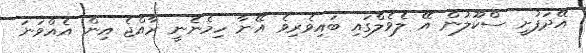
އޭދަފުށީ ސްކޫލުން އޭ ލެވެލްގައި ބައިވެރިވެ އޭނާ ހިމެނެނީ ރާއްޖެ އިން އެއްވަނަ